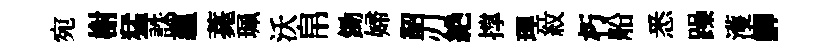
宛榭猛誅蘊薧珮沃帛鋤婦韶刃絶撑理紋朽船悉躁濩鯽